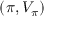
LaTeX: ( \pi , V _ { \pi } )